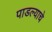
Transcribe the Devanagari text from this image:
पाडल्याचे